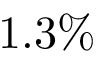
1 . 3 \%